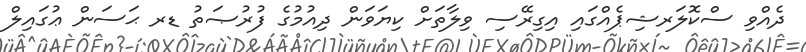
ދެއްވި ސްކޮލަރޝިޕެއްގައި އިގިރޭސި ވިލާތަށް ކިޔަވަން ދިއުމުގެ ފުރުޞަތު ޑރ ޙަސަން ޢުގައިލް